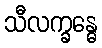
သီလက္ခန္ဓေ